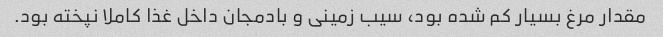
مقدار مرغ بسیار کم شده بود، سیب زمینی و بادمجان داخل غذا کاملا نپخته بود.